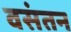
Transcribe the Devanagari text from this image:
वसंतन